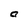
Character: a